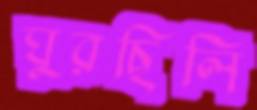
ঘুরছিলি